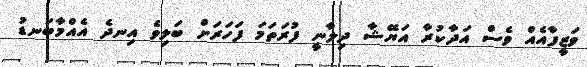
ވަޒީފާއެއް ވެސް އަދާކުރާ އަޔޭޝާ ދިލާނީ ފުރަތަމަ ފަހަރަށް ބަލިވެ އިނދެ އެއްމާބަނޑު